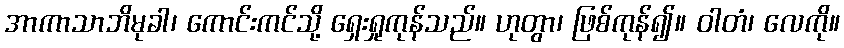
အာကာသာဘိမုခါ၊ ကောင်းကင်သို့ ရှေးရှုကုန်သည်။ ဟုတွာ၊ ဖြစ်ကုန်၍။ ဝါတံ၊ လေကို။